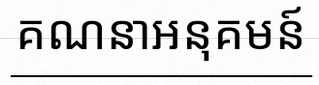
គណនាអនុគមន៍